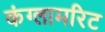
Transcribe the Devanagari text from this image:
कंग्लामरिट